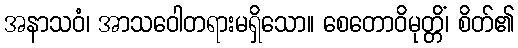
အနာသဝံ၊ အာသဝေါတရားမရှိသော။ စေတောဝိမုတ္တိံ၊ စိတ်၏